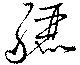
驪